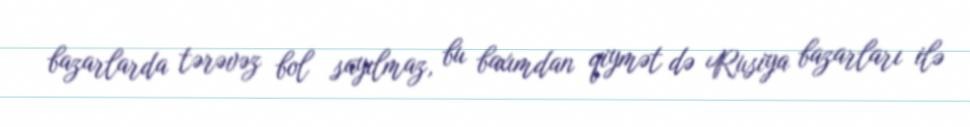
bazarlarda tərəvəz bol sayılmaz, bu baxımdan qiymət də Rusiya bazarları ilə